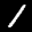
Label: 1